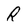
Character: R